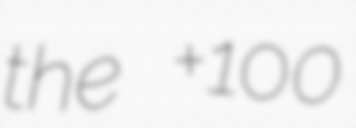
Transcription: the +100